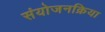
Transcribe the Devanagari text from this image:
संयोजनक्रिया